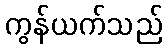
ကွန်ယက်သည်